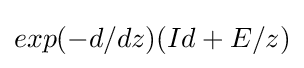
exp(-d/dz)(Id+E/z)